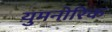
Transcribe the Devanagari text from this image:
युमनोरिक